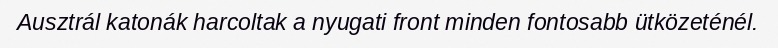
Ausztrál katonák harcoltak a nyugati front minden fontosabb ütközeténél.